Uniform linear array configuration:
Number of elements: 24
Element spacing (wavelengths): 0.25
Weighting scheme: exponential
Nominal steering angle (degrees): -15
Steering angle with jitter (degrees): -14.946
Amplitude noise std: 0.05
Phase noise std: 0.05

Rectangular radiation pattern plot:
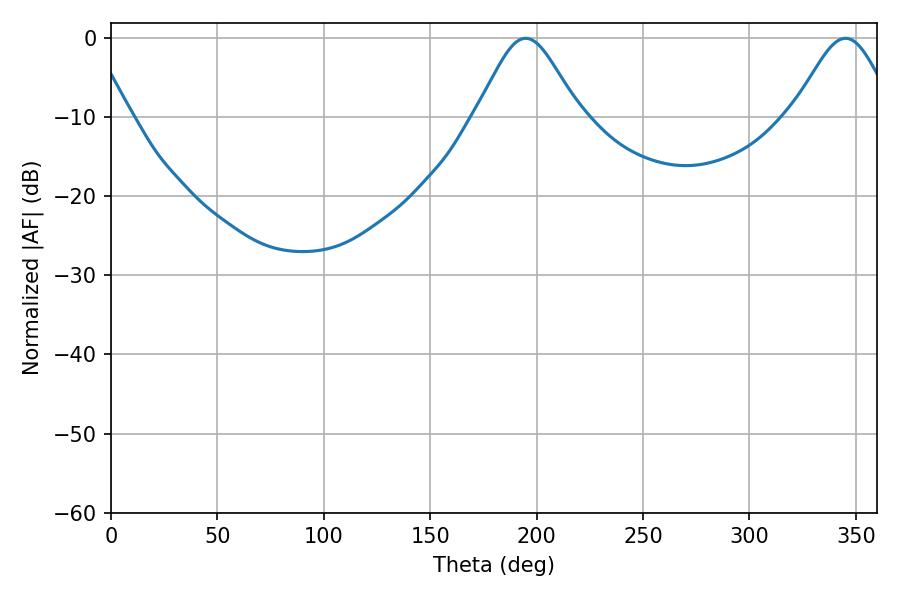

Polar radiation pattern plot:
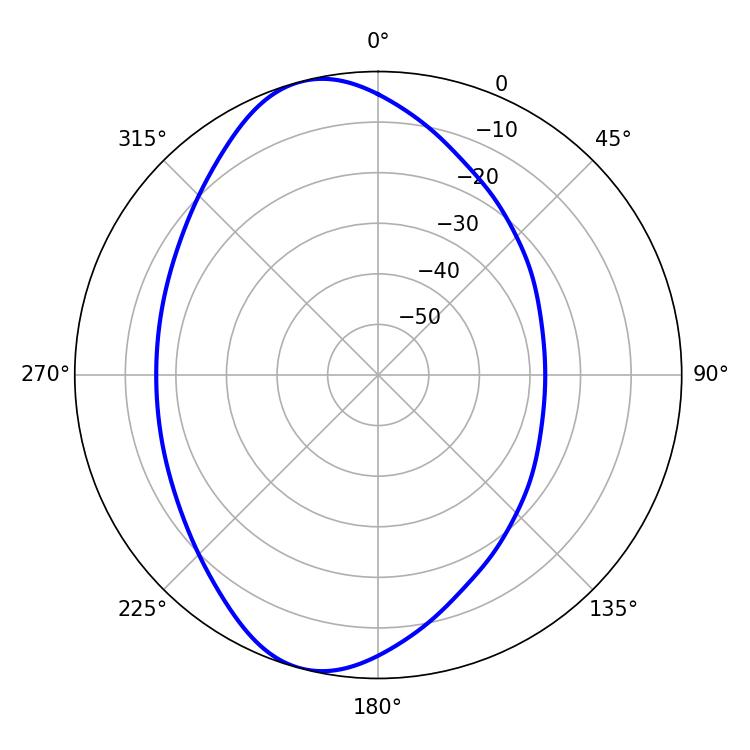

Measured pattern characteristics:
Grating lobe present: FALSE
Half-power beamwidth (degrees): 23.76
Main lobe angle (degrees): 194.76